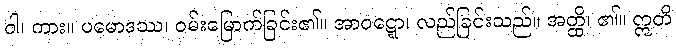
ဝါ၊ ကား။ ပမောဒဿ၊ ဝမ်းမြောက်ခြင်း၏။ အာဝဋ္ဋော၊ လည်ခြင်းသည်။ အတ္ထိ၊ ၏။ ဣတိ